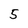
Character: 5